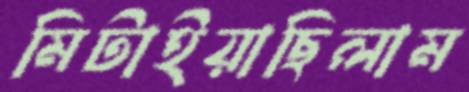
মিটাইয়াছিলাম